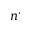
n ^ { \prime }